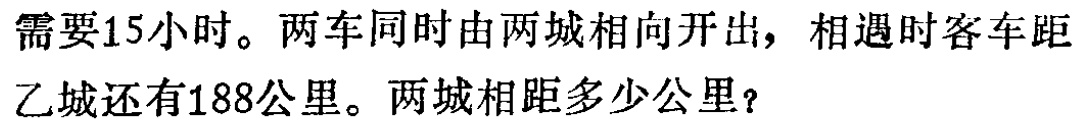
需要15小时。两车同时由两城相向开出，相遇时客车距乙城还有188公里。两城相距多少公里？